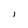
Character: 1